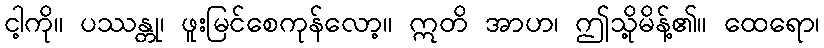
ငါ့ကို။ ပဿန္တု၊ ဖူးမြင်စေကုန်လော့။ ဣတိ အာဟ၊ ဤသို့မိန့်၏။ ထေရော၊